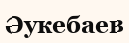
Әукебаев